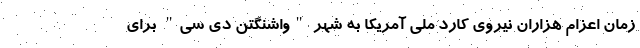
زمان اعزام هزاران نیروی کارد ملی آمریکا به شهر "واشنگتن دی سی" برای